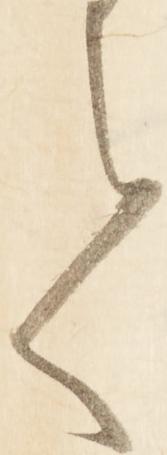
て